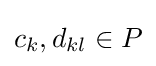
{c_{k}},d_{kl}\in P